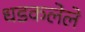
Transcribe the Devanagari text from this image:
धडकलेले